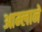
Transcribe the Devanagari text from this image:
आम्लाने